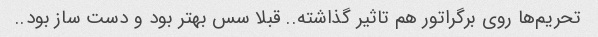
تحریم‌ها روی برگراتور هم تاثیر گذاشته.. قبلا سس بهتر بود و دست ساز بود..